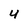
Character: 4